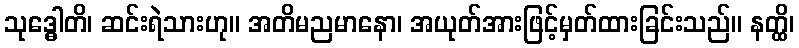
သုဒ္ဓေါတိ၊ ဆင်းရဲသားဟု။ အတိမညမာနော၊ အယုတ်အားဖြင့်မှတ်ထားခြင်းသည်။ နတ္ထိ၊